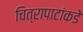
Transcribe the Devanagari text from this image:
चित्रापाटांकडे